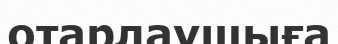
отарлаушыға